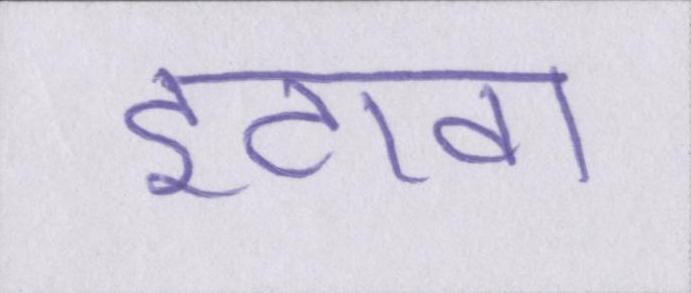
इटावा